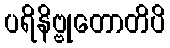
ပရိနိဗ္ဗုတောတိပိ